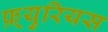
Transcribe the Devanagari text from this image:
फ़्युरियस